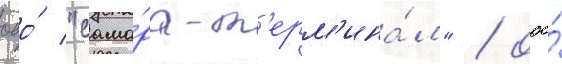
ооо́ "сама́ра-т'ерм'ина́л" / ооо́